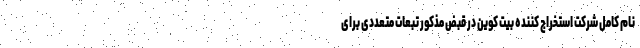
نام کامل شرکت استخراج کننده بیت کوین در قبض مذکور تبعات متعددی برای